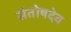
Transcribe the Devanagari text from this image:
संतोषदेव